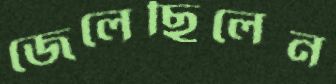
জেলেছিলেন